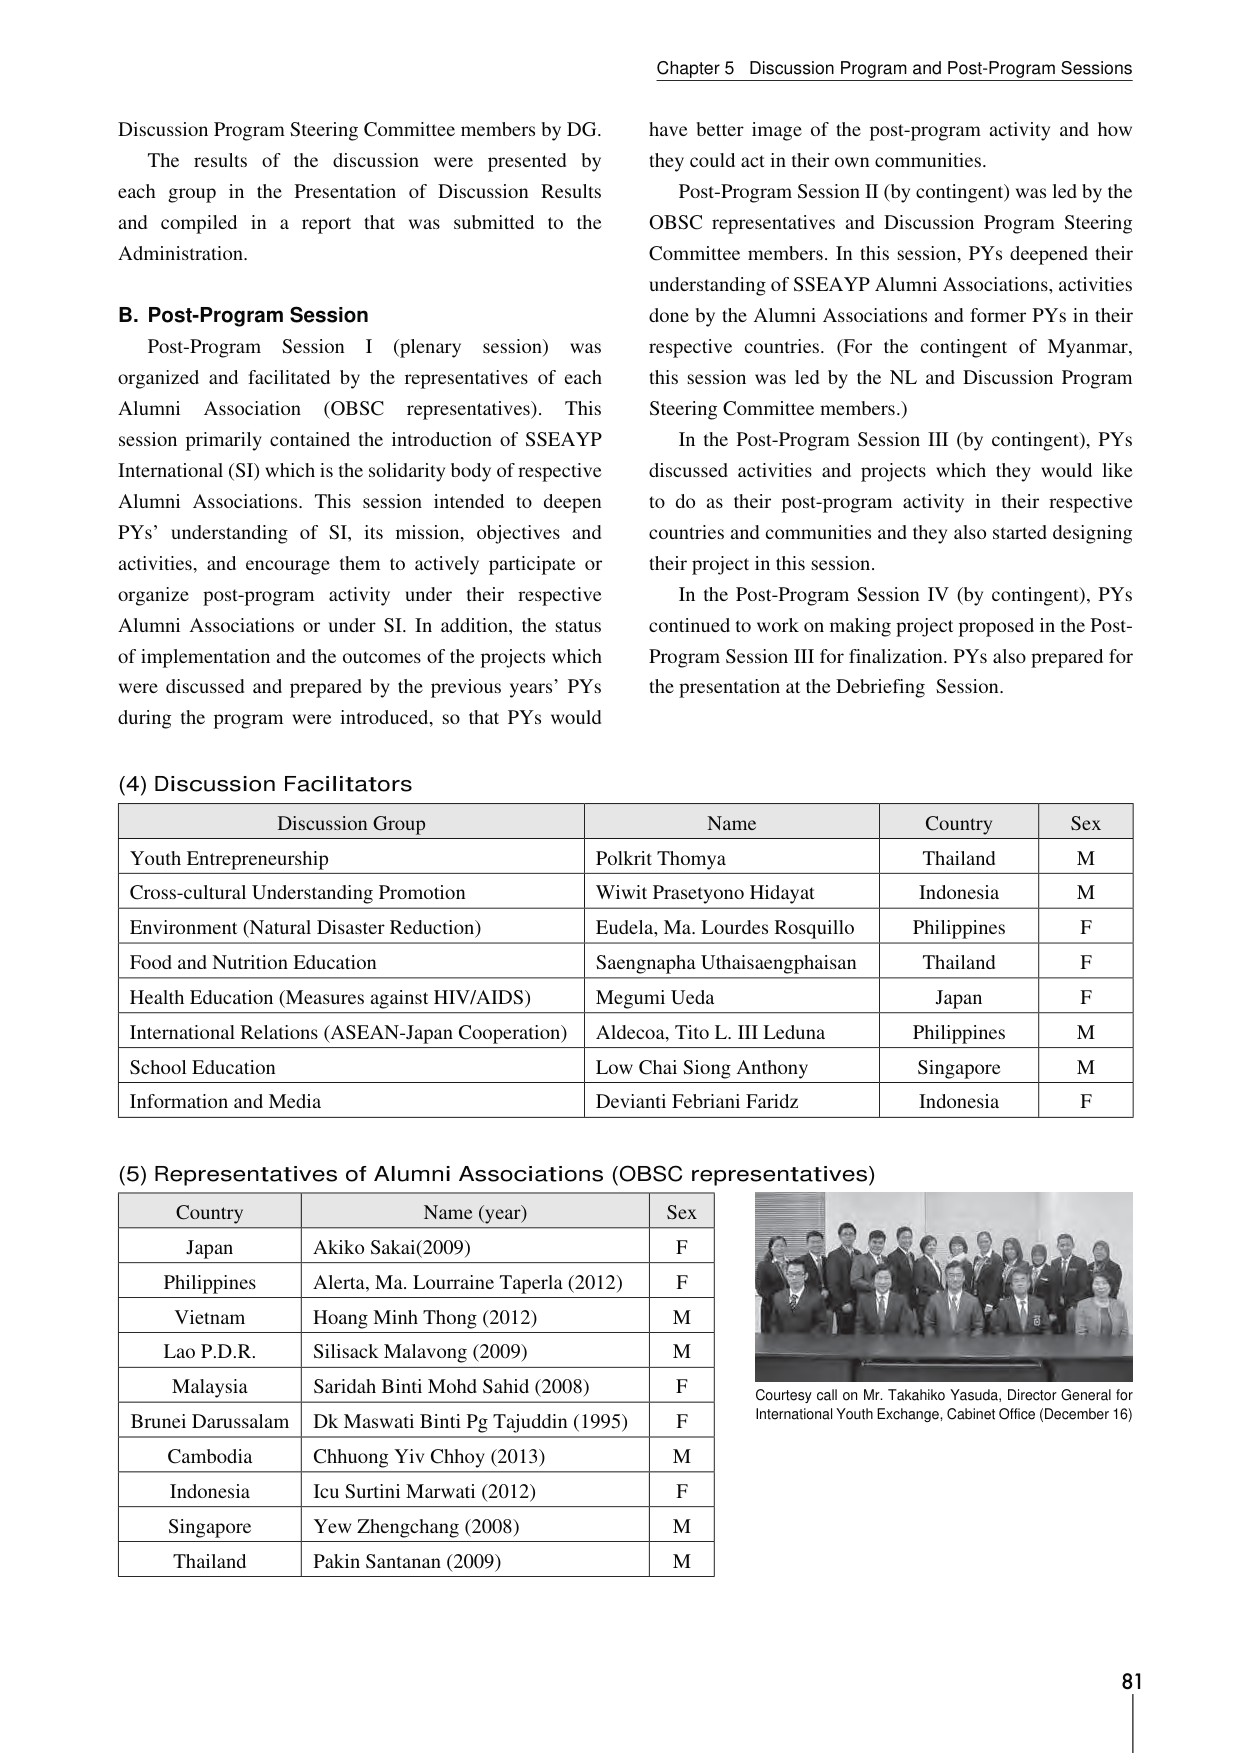
Chapter 5 Discussion Program and Post-Program Sessions

Discussion Program Steering Committee members by DG.
The results of the discussion were presented by each group in the Presentation of Discussion Results and compiled in a report that was submitted to the Administration.

B. Post-Program Session
Post-Program Session I (plenary session) was organized and facilitated by the representatives of each Alumni Association (OBSC representatives). This session primarily contained the introduction of SSEAYP International (SI) which is the solidarity body of respective Alumni Associations. This session intended to deepen PYs’ understanding of SI, its mission, objectives and activities, and encourage them to actively participate or organize post-program activity under their respective Alumni Associations or under SI. In addition, the status of implementation and the outcomes of the projects which were discussed and prepared by the previous years’ PYs during the program were introduced, so that PYs would have better image of the post-program activity and how they could act in their own communities.

Post-Program Session II (by contingent) was led by the OBSC representatives and Discussion Program Steering Committee members. In this session, PYs deepened their understanding of SSEAYP Alumni Associations, activities done by the Alumni Associations and former PYs in their respective countries. (For the contingent of Myanmar, this session was led by the NL and Discussion Program Steering Committee members.)

In the Post-Program Session III (by contingent), PYs discussed activities and projects which they would like to do as their post-program activity in their respective countries and communities and they also started designing their project in this session.

In the Post-Program Session IV (by contingent), PYs continued to work on making project proposed in the Post-Program Session III for finalization. PYs also prepared for the presentation at the Debriefing Session.

(4) Discussion Facilitators

Discussion Group                      Name                             Country         Sex
Youth Entrepreneurship              Polkrit Thomya                   Thailand        M
Cross-cultural Understanding Promotion  Wiwit Prasetyono Hidayat       Indonesia       M
Environment (Natural Disaster Reduction)  Eudela, Ma. Lourdes Rosquillo  Philippines     F
Food and Nutrition Education        Saengnapha Uthaisaengphaisan     Thailand        F
Health Education (Measures against HIV/AIDS)  Megumi Ueda               Japan           F
International Relations (ASEAN-Japan Cooperation)  Aldecoa, Tito L. III Leduna  Philippines     M
School Education                    Low Chai Siong Anthony           Singapore       M
Information and Media               Devianti Febriani Faridz         Indonesia       F

(5) Representatives of Alumni Associations (OBSC representatives)

Country             Name (year)                          Sex
Japan               Akiko Sakai (2009)                   F
Philippines         Alerta, Ma. Louraine Taperla (2012)  F
Vietnam             Hoang Minh Thong (2012)              M
Lao P.D.R.          Silisack Malavong (2009)             M
Malaysia            Saridah Binti Mohd Sahid (2008)      F
Brunei Darussalam   Dk Maswati Binti Pg Tajuddin (1995)  F
Cambodia            Chhuong Yiv Chhoy (2013)             M
Indonesia           Icu Surtini Marwati (2012)           F
Singapore           Yew Zhengchang (2008)                M
Thailand            Pakin Santanan (2009)                M

Courtesy call on Mr. Takahiko Yasuda, Director General for International Youth Exchange, Cabinet Office (December 16)

81